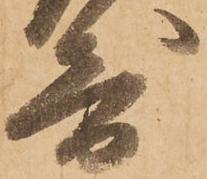
寄